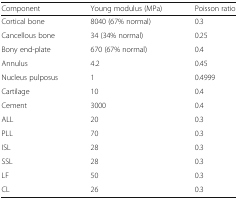
| Component | Young modulus (MPa) | Poisson ratio |
 | --- | --- | --- |
 | Cortical bone | 8040 (67% normal) | 0.3 |
 | Cancellous bone | 34 (34% normal) | 0.25 |
 | Bony end-plate | 670 (67% normal) | 0.4 |
 | Annulus | 4.2 | 0.45 |
 | Nucleus pulposus | 1 | 0.4999 |
 | Cartilage | 10 | 0.4 |
 | Cement | 3000 | 0.4 |
 | ALL | 20 | 0.3 |
 | PLL | 70 | 0.3 |
 | ISL | 28 | 0.3 |
 | SSL | 28 | 0.3 |
 | LF | 50 | 0.3 |
 | CL | 26 | 0.3 |